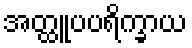
အတ္ထူပပရိက္ခာယ